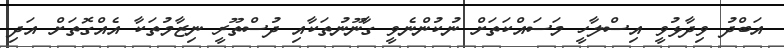
އަބްދު ވިދާޅުވީ އިސްލާހީ މަސައްކަތަށް ނުކުންނެވީ ގާނޫނުތަކާއި ދުސްތޫރީ ނިޒާމުތަކާ އެއްގޮތަށް އަދި